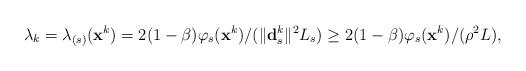
LaTeX: \begin{align*} \lambda_{k} = \lambda_{(s)}(\mathbf{x}^{k})=2(1-\beta) \varphi_{s}(\mathbf{x}^{k})/(\|\mathbf{d}^{k}_{s} \|^{2}L_{s}) \geq2(1-\beta) \varphi_{s}(\mathbf{x}^{k})/(\rho^{2}L),\end{align*}